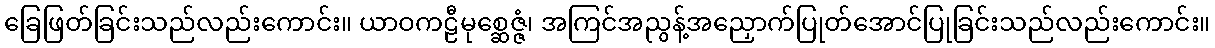
ခြေဖြတ်ခြင်းသည်လည်းကောင်း။ ယာဝကဠီမုစ္ဆေဇ္ဇံ၊ အကြင်အညွန့်အညှောက်ပြုတ်အောင်ပြုခြင်းသည်လည်းကောင်း။